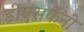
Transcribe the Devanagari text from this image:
डीएसकेंनी